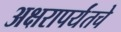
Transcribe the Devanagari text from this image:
अक्षरापर्यंतचे